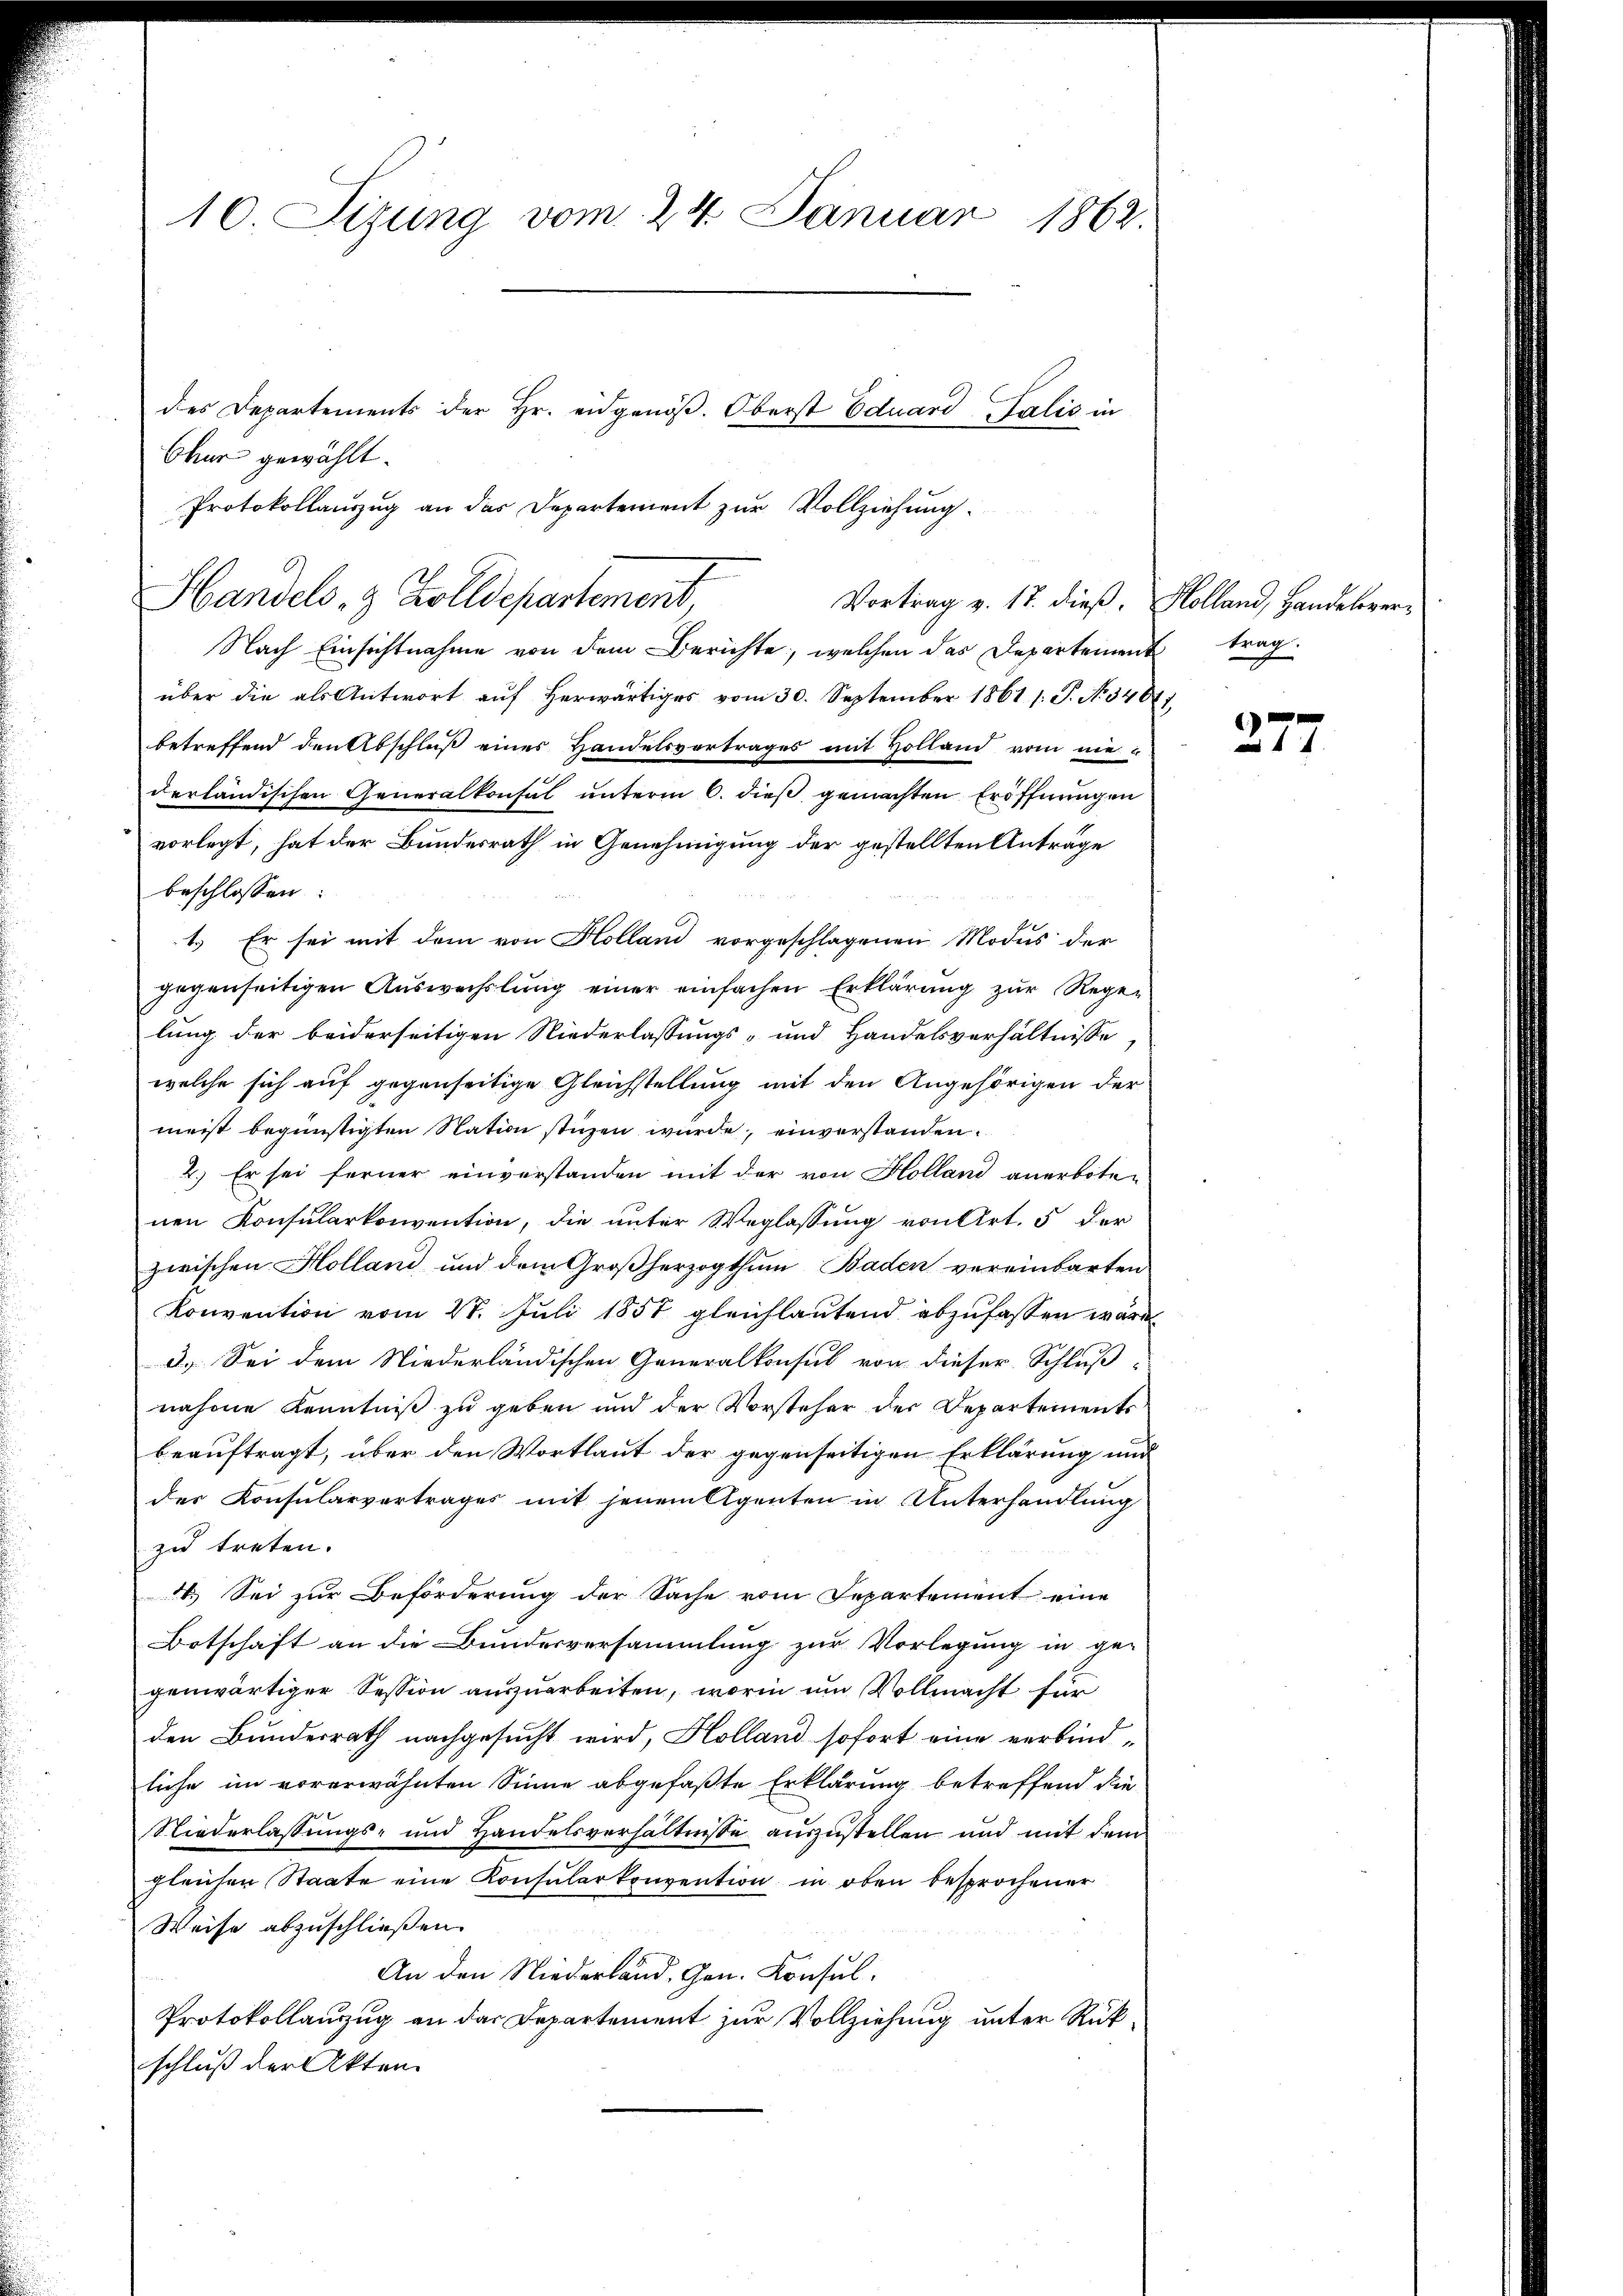
10. Sizung vom 24. Januar 1862
des Departements der Hr. eidgenöß. Oberst Eduard Salis in

Nach Einsichtnahme von dem Berichte, welchen das Departeinen
über die als Antwort auf herwärtiges vom 30. September 1861 s. P. No 346
betreffend den Abschluß eines Handelsvortrages mit Holland vom nie-
derländischen Generalkonsul unterm 6. dieß gemachten Eröffnungen
vorlegt, hat der Bundesrath in Genehmigung der gestellten Anträge
beschlossen:
1.) Er sei mit dem von Holland vorgeschlagenen Modus der
gegenseitigen Auswechslung einer einfachen Erklärung zur Rege-
lung der beiderseitigen Niederlassungs- und Handelsverhältnisse,
welche sich auf gegenseitige Gleichstellung mit den Angehörigen der
meist begünstigten Nation stüzen würde, einverstanden.
2.) Er sei ferner einverstanden mit der von Holland anerbote-
nen Konsularkonvention, die unter Weglassung von Art. 5 der
zwischen Holland und dem Großherzogthum Baden vereinbarten
Konvention vom 20. Juli 1857 gleichlautend abzufassen wäre,
3. Sei dem Niederländischen Generalkonsul von dieser Schluß
nahme Kenntniß zu geben und der Vorsteher der Departements
beauftragt, über den Wortlaut der gegenseitigen Erklärung und
der Konsularvertrages mit jenem Agenten in Unterhandlung
zu treten.
4. Sei zur Beförderung der Sache vom Departement eine
Botschaft an die Bundesversammlung zur Vorlegung in ge-
genwärtiger Session auszuarbeiten, worin um Vollmacht für
den Bundesrath nachgesucht wird, Holland sofort eine verbind-
liche im vorerwähnten Sinne abgefaßte Erklärung betreffend die
Niederlassungs- und Handelsverhältnisse auszustellen und mit dem
gleichen Staate eine Konsularkonvention in oben besprochener
Weise abzuschließen.
An den Niederland, Gen. Konsul¬
Protokollauszug an das Departement zur Vollziehung unter Rükschluß der Akten.

Chur gewählt.
Protokollauszug an das Departement zur Vollziehung.
Handels- & Zolldepartement,
Vortrag v. 17. dieß. Holland, Handelver¬

trag.

277